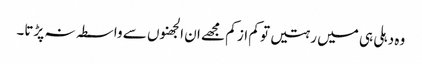
وہ دہلی ہی میں رہتیں تو کم از کم مجھے ان الجھنوں سے واسطہ نہ پڑتا۔